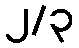
၂/၃